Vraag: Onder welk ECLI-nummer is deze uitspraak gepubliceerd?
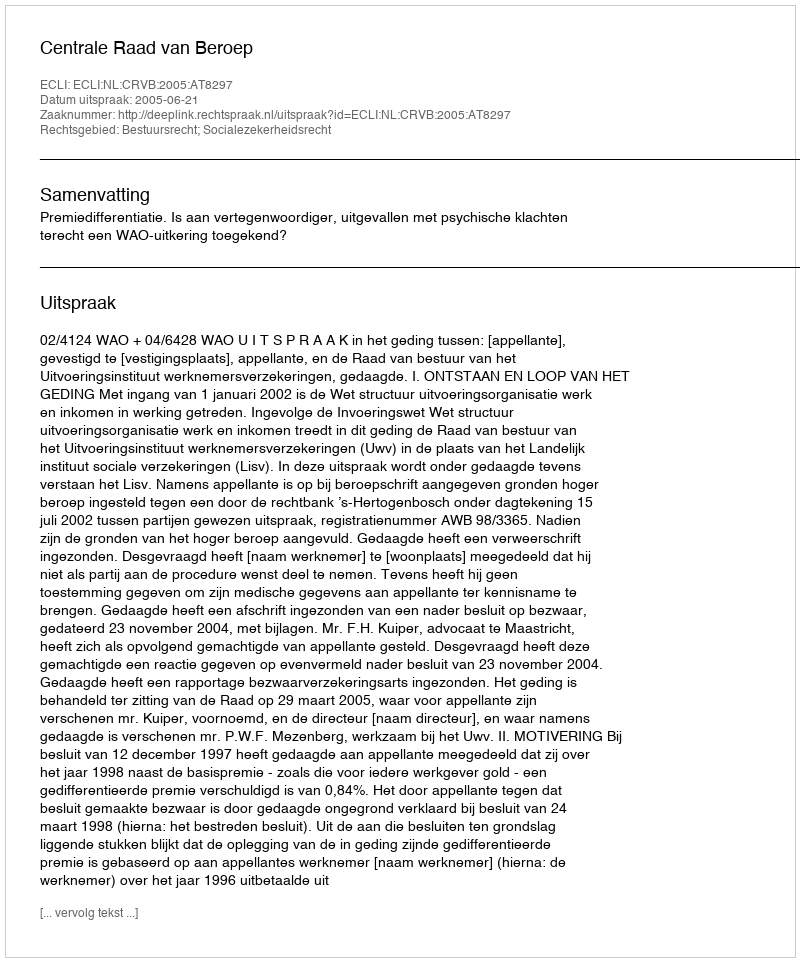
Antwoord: ECLI:NL:CRVB:2005:AT8297